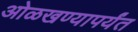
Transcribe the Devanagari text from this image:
ओळखण्यापर्यंत